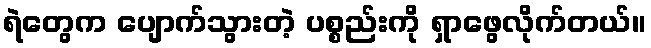
ရဲတွေက ပျောက်သွားတဲ့ ပစ္စည်းကို ရှာဖွေလိုက်တယ်။